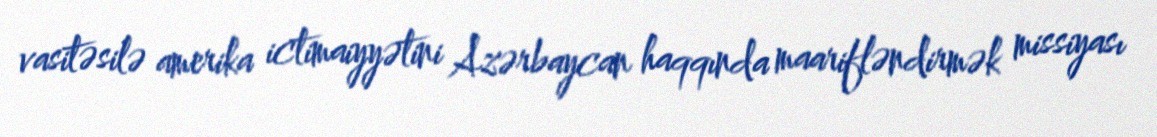
vasitəsilə amerika ictimaiyyətini Azərbaycan haqqında maarifləndirmək missiyası